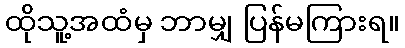
ထိုသူ့အထံမှ ဘာမျှ ပြန်မကြားရ။